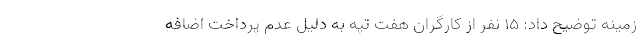
زمینه توضیح داد: ۱۵ نفر از کارگران هفت تپه به دلیل عدم پرداخت اضافه